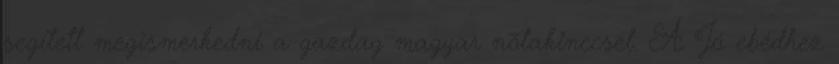
segített megismerkedni a gazdag magyar nótakinccsel. A Jó ebédhez